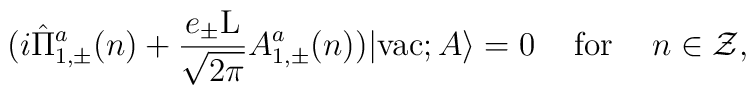
(i\hat{\Pi}_{1,\pm}^a(n) + \frac{e_{\pm} \rm L}{\sqrt{2\pi}}A_{1,\pm}^a(n))|{\rm vac};A \rangle =0 \hspace{5 mm}{\rm for} \hspace{5 mm} n \in \cal Z,